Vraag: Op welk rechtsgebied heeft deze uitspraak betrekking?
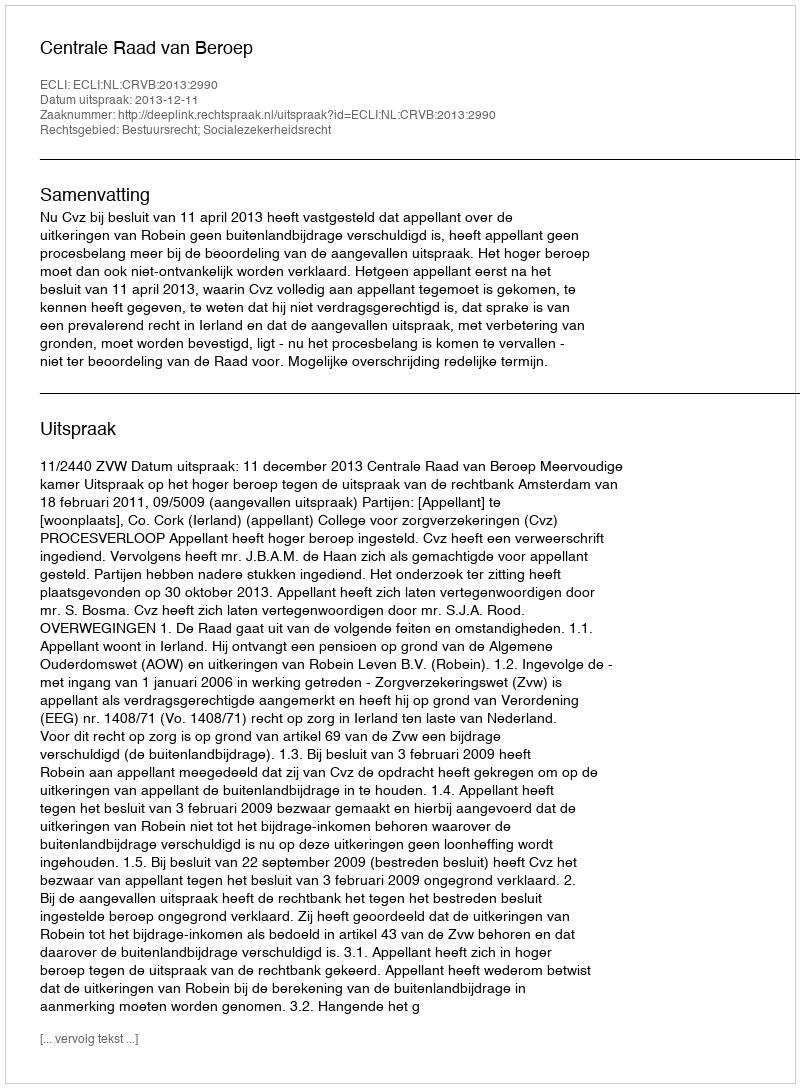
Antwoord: Bestuursrecht; Socialezekerheidsrecht